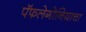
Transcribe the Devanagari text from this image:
पॅफलेगोनियाचा